Annual administration report of the Civil Veterinary Department of India - 1908-1909
Year: 1908
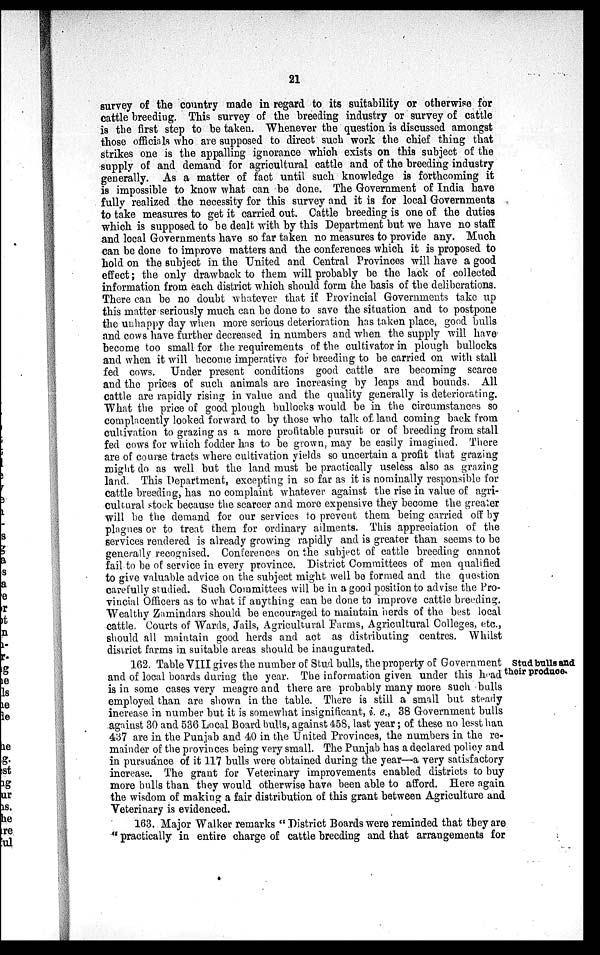
21
survey of the country made in regard to its suitability or otherwise for
cattle breeding. This survey of the breeding industry or survey of cattle
is the first step to be taken. Whenever the question is discussed amongst
those officials who are supposed to direct such work the chief thing that
strikes one is the appalling ignorance which exists on this subject of the
supply of and demand for agricultural cattle and of the breeding industry
generally. As a matter of fact until such knowledge is forthcoming it
is impossible to know what can be done. The Government of India have
fully realized the necessity for this survey and it is for local Governments
to take measures to get it carried out. Cattle breeding is one of the duties
which is supposed to be dealt with by this Department but we have no staff
and local Governments have so far taken no measures to provide any. Much
can be done to improve matters and the conferences which it is proposed to
hold on the subject in the United and Central Provinces will have a good
effect; the only drawback to them will probably be the lack of collected
information from each district which should form the basis of the deliberations.
There can be no doubt whatever that if Provincial Governments take up
this matter seriously much can be done to save the situation and to postpone
the unhappy day when more serious deterioration has taken place, good bulls
and cows have further decreased in numbers and when the supply will have
become too small for the requirements of the cultivator in plough bullocks
and when it will become imperative for breeding to be carried on with stall
fed cows. Under present conditions good cattle are becoming scarce
and the prices of such animals are increasing by leaps and bounds. All
cattle are rapidly rising in value and the quality generally is deteriorating.
What the price of good plough bullocks would be in the circumstances so
complacently looked forward to by those who talk of land coming back from
cultivation to grazing as a more profitable pursuit or of breeding from stall
fed cows for which fodder has to be grown, may be easily imagined. There
are of course tracts where cultivation yields so uncertain a profit that grazing
might do as well but the land must be practically useless also as grazing
land. This Department, excepting in so far as it is nominally responsible for
cattle breeding, has no complaint whatever against the rise in value of agri-
cultural stock because the scarcer and more expensive they become the greater
will be the demand for our services to prevent them being carried off by
plagues or to treat them for ordinary ailments. This appreciation of the
services rendered is already growing rapidly and is greater than seems to be
generally recognised. Conferences on the subject of cattle breeding cannot
fail to be of service in every province. District Committees of men qualified
to give valuable advice on the subject might well be formed and the question
carefully studied. Such Committees will be in a good position to advise the Pro-
vincial Officers as to what if anything can be done to improve cattle breeding.
Wealthy Zamindars should be encouraged to maintain herds of the best local
cattle. Courts of Wards, Jails, Agricultural Farms, Agricultural Colleges, etc.,
should all maintain good herds and act as distributing centres. Whilst
district farms in suitable areas should be inaugurated.
Stud bulls and
their produce.
162. Table VIII gives the number of stud bulls, the property of Government
and of local boards during the year. The information given under this head
is in some cases very meagre and there are probably many more such bulls
employed than are shown in the table. There is still a small but steady
increase in number but it is somewhat insignificant, i. e., 38 Government bulls
against 30 and 536 Local Board bulls, against 458, last year; of these no lessthan
437 are in the Punjab and 40 in the United Provinces, the numbers in the re-
mainder of the provinces being very small. The Punjab has a declared policy and
in pursuance of it 117 bulls were obtained during the year—a very satisfactory
increase. The grant for Veterinary improvements enabled districts to buy
more bulls than they would otherwise have been able to afford. Here again
the wisdom of making a fair distribution of this grant between Agriculture and
Veterinary is evidenced.
163. Major Walker remarks "District Boards were reminded that they are
"practically in entire charge of cattle breeding and that arrangements for